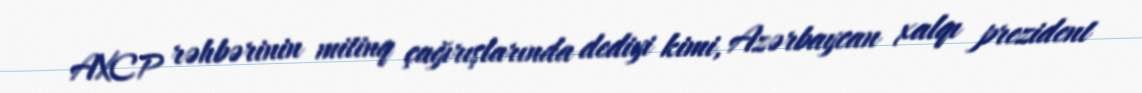
AXCP rəhbərinin mitinq çağırışlarında dediyi kimi, Azərbaycan xalqı prezident